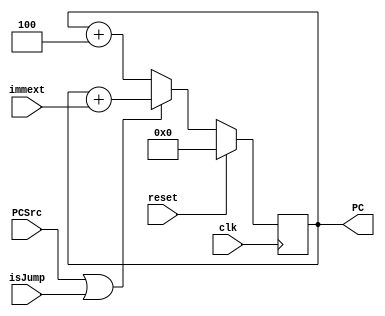
//Program Counter updates by 4 (in most of conditions) as each instruction is of 32 bit
 //In RISC-V we can access do byte access , half-word accesss (which I've not implemented here)
`timescale 1ns / 1ps

module Program_Counter(clk, reset, PC, PCSrc, immext,isJump);

input clk;
input reset;
input PCSrc;
input [31:0]immext;
input isJump;
output reg[31:0] PC;


always @(posedge clk)
begin
if(reset)
PC<=0;
else
begin
//for jump and link , branch instructions
if(PCSrc == 1'b1 | isJump==1'b1 )
 PC <= PC + immext;
 else
 PC <= PC+4;
 end
end

endmodule